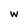
Character: w